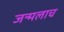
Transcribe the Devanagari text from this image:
जन्मलाच